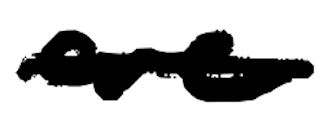
Text: are
Cross-out: mix
Writing tool: digital_black